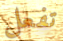
تفعل